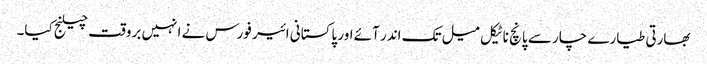
بھارتی طیارے چار سے پانچ ناٹیکل میل تک اندر آئے اور پاکستانی ائیر فورس نے انہیں بروقت چیلنج کیا۔